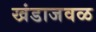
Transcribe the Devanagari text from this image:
खंडाजवळ